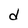
Character: d